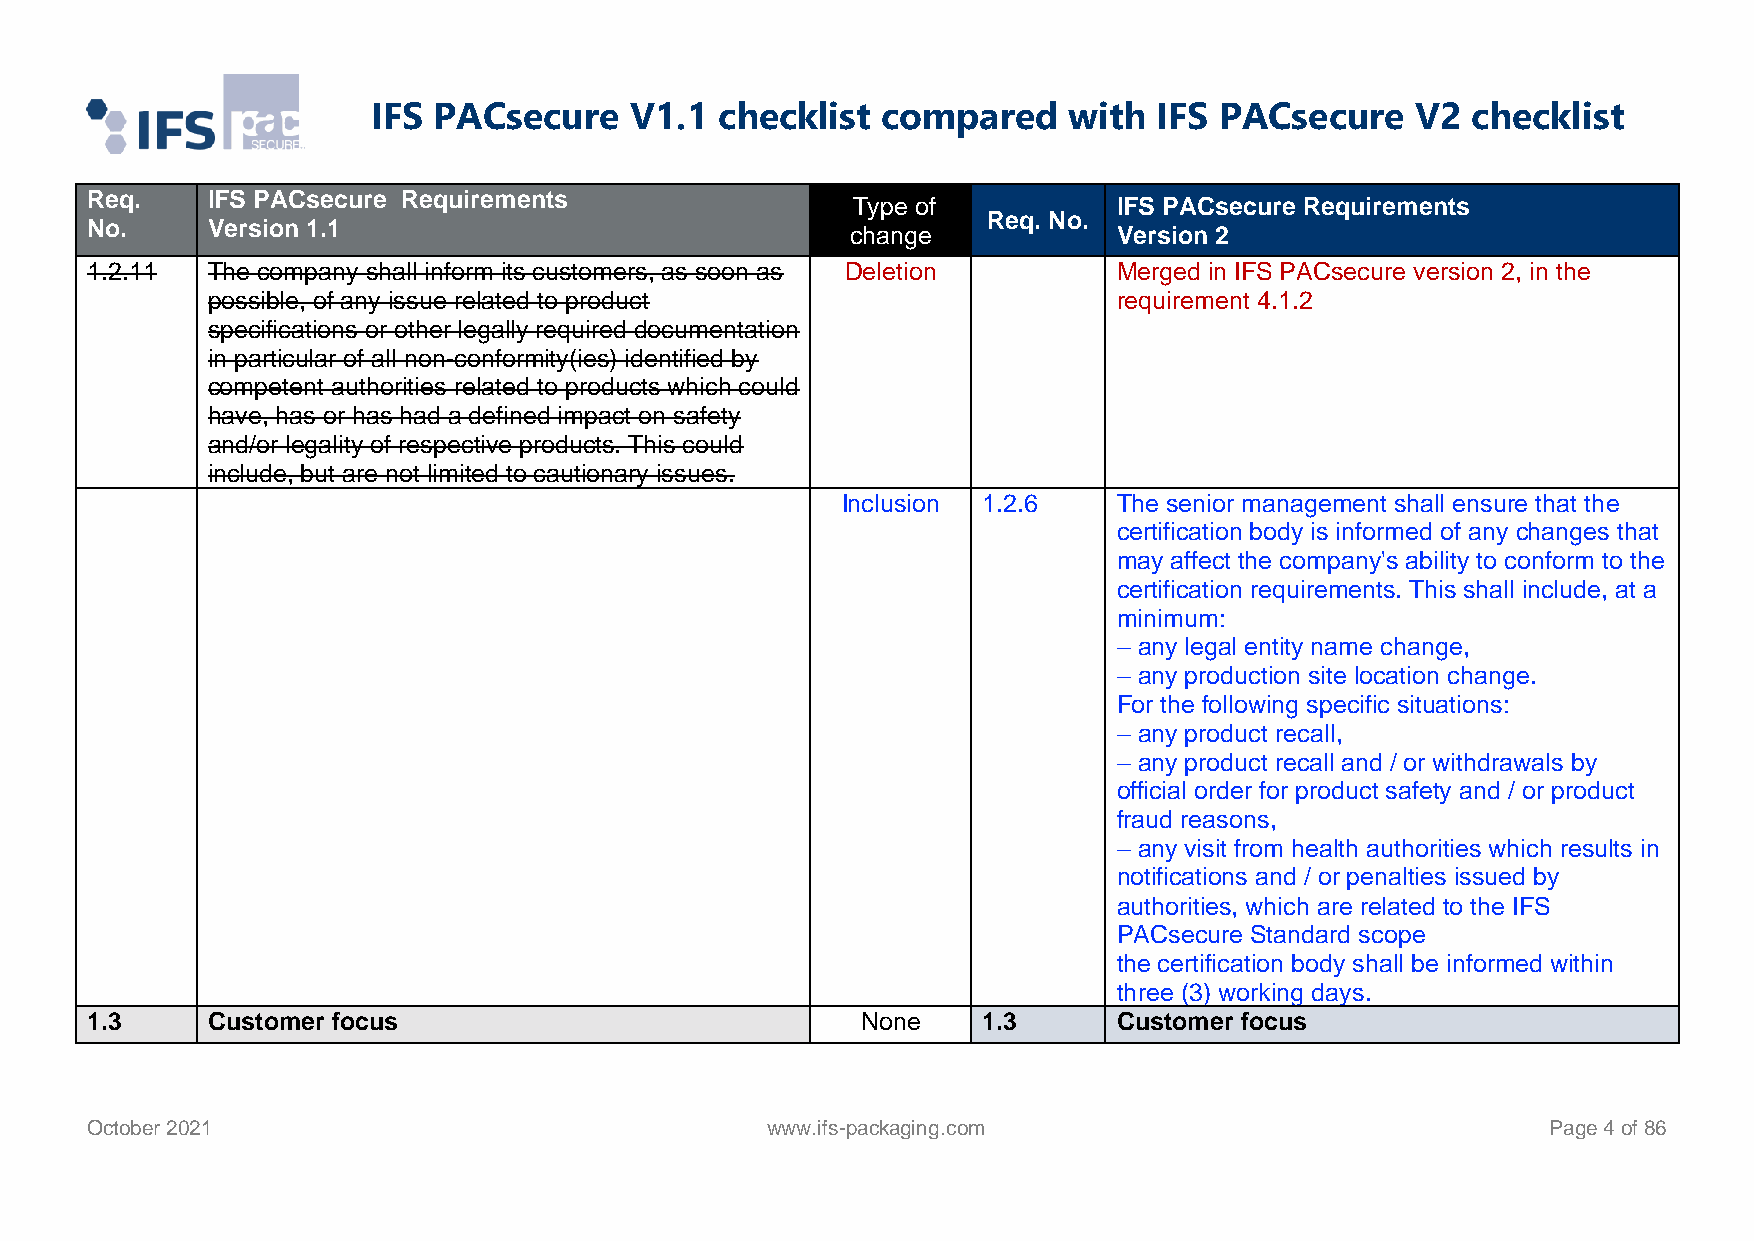
IFS PACsecure    V1.1  checklist compared     with  IFS PACsecure    V2 checklist
 Req.    IFS PACsecure Requirements
 Type of           IFS PACsecure Requirements
 Req. No.
 No.     Version 1.1                               change            Version 2
 1.2.11  The company shall inform its customers, as soon as Deletion Merged in IFS PACsecure version 2, in the
 possible, of any issue related to product                   requirement 4.1.2
 specifications or other legally required documentation
 in particular of all non-conformity(ies) identified by
 competent authorities related to products which could
 have, has or has had a defined impact on safety
 and/or legality of respective products. This could
 include, but are not limited to cautionary issues.
 Inclusion 1.2.6   The senior management shall ensure that the
 certification body is informed of any changes that
 may affect the company's ability to conform to the
 certification requirements. This shall include, at a
 minimum:
 – any legal entity name change,
 – any production site location change.
 For the following specific situations:
 – any product recall,
 – any product recall and / or withdrawals by
 official order for product safety and / or product
 fraud reasons,
 – any visit from health authorities which results in
 notifications and / or penalties issued by
 authorities, which are related to the IFS
 PACsecure Standard scope
 the certification body shall be informed within
 three (3) working days.
 1.3     Customer focus                             None    1.3      Customer focus
 October 2021                                 www.ifs-packaging.com                               Page 4 of 86